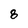
Character: 8